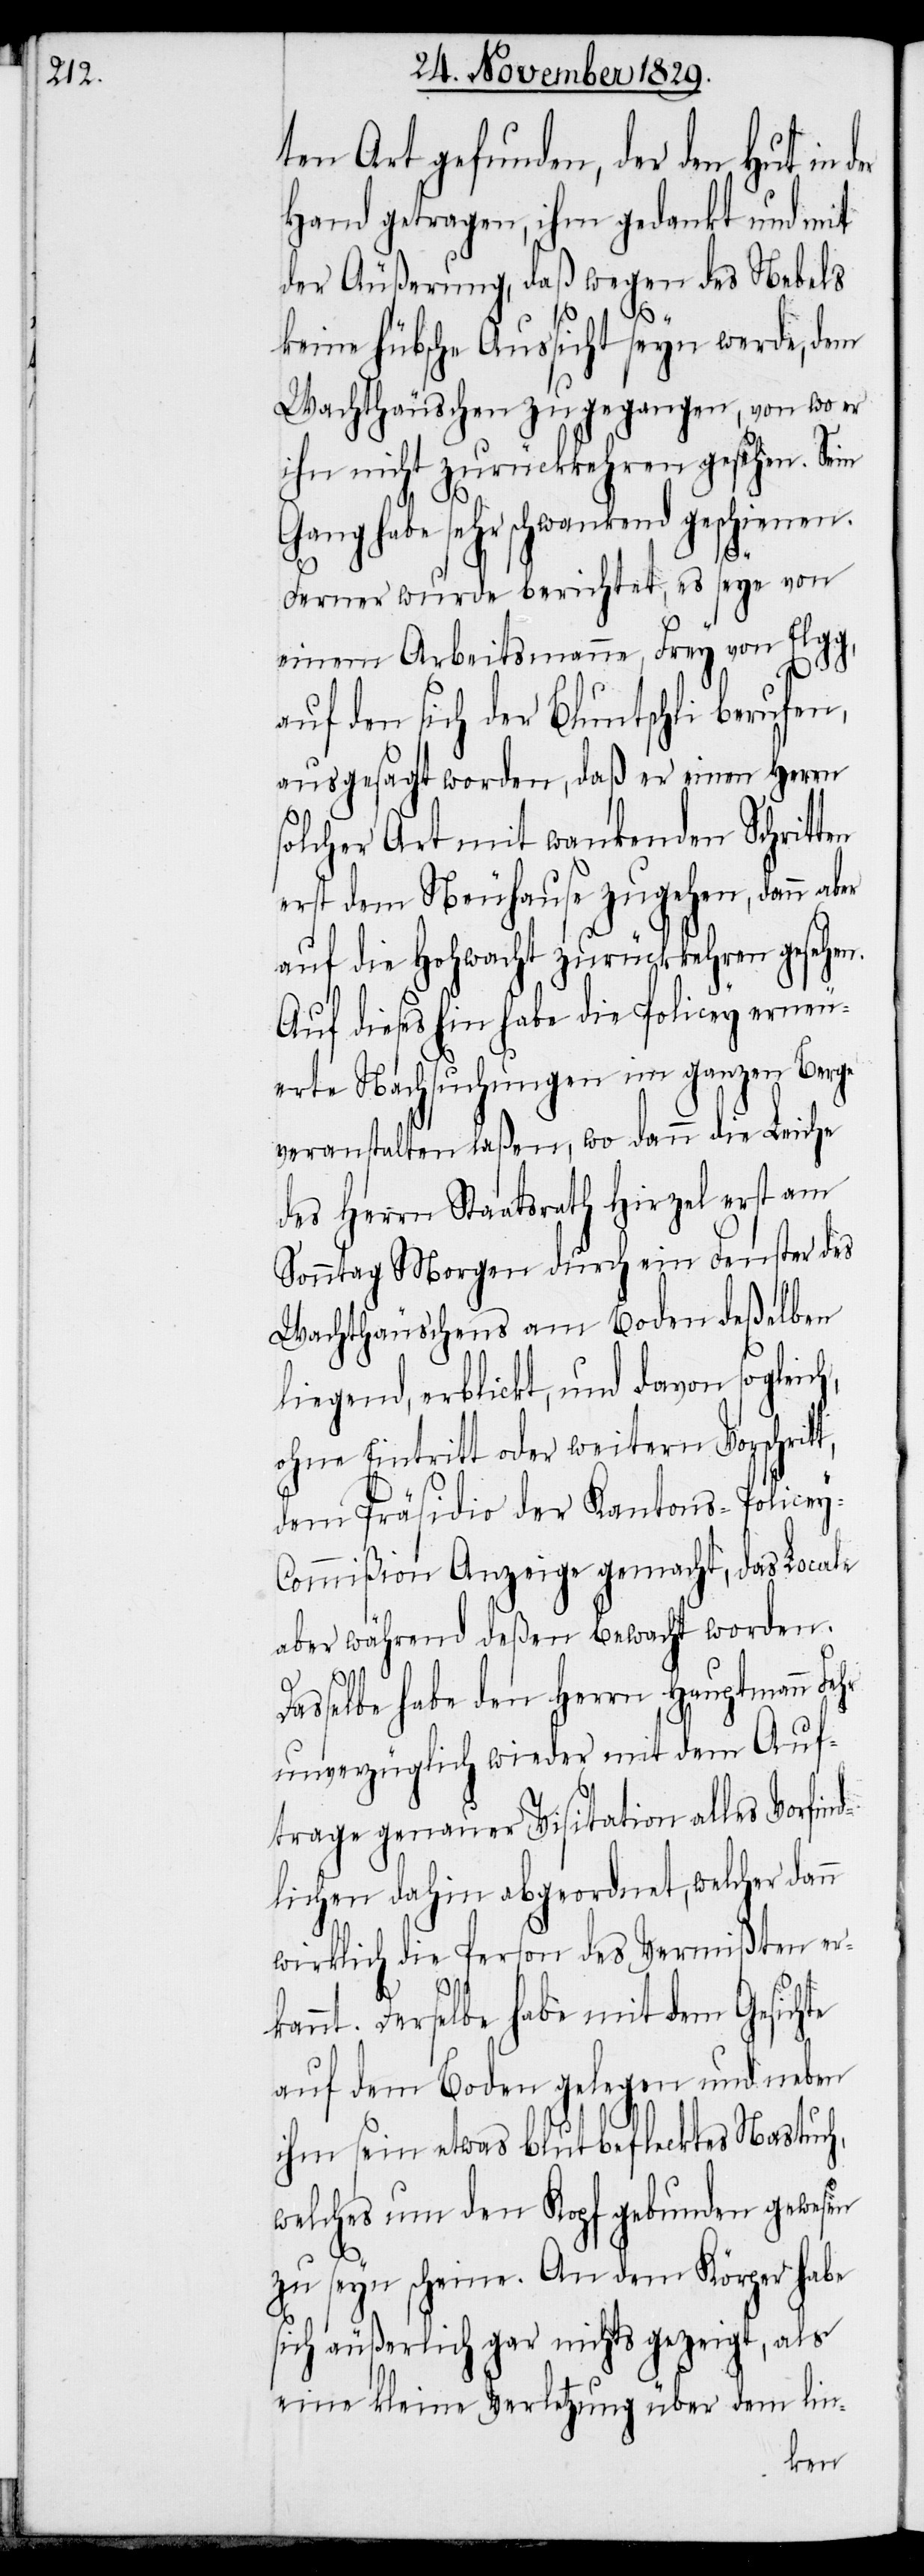
ten Art gefunden, der den Hut in
Hand getragen, ihm gedankt und mit
der Äußerung, daß wegen des Nebels
der
keine hübsche Aussicht seyn werde, dem
Wachthäuschen zugegangen, von wo er
ihn nicht zurückkehren gesehen. Sein
Gang habe sehr schwankend geschienen.
Ferner wurde berichtet, es seye von
einem Arbeitsmanne, Frey von Elgg,
auf den sich der Bluntschli berufen,
ausgesagt worden, daß er einen Herrn
solcher Art mit wankenden Schritten
erst dem Neuhause zugehen, dann aber
auf die Hohwacht zurückkehren gesehen.
Auf dieses hin habe die Policey erneu¬
erte Nachsuchungen im ganzen Berge
veranstalten laßen, wo dann die Leiche
des Herrn Staatsrath Hirzel erst am
Sonntag Morgen durch ein Fenster des
Wachthäuschens am Boden deßelben
liegend, erblickt, und davon sogleich,
ohne Eintritt oder weitern Vorschritt,
dem Präsidio der Kantons-Policey-C¬
ommißion Anzeige gemacht, das Locale
aber während deßen bewacht worden.
Dasselbe habe den Herrn Hauptmann Fehr
unverzüglich wieder mit dem Auf¬
trage genauer Visitation alles Vorfind¬
lichen dahin abgeordnet, welcher dann
wirklich die Person des Vermißten er¬
kannt. Derselbe habe mit dem Gesichte
auf dem Boden gelegen und neben
ihm sein etwas blutbeflecktes Nastuch,
welches um den Kopf gebunden gewesen
zu seyn scheine. An dem Körper habe
sich äußerlich gar nichts gezeigt, als
eine kleine Verletzung über dem lin-